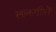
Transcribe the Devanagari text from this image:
लाकगीतों